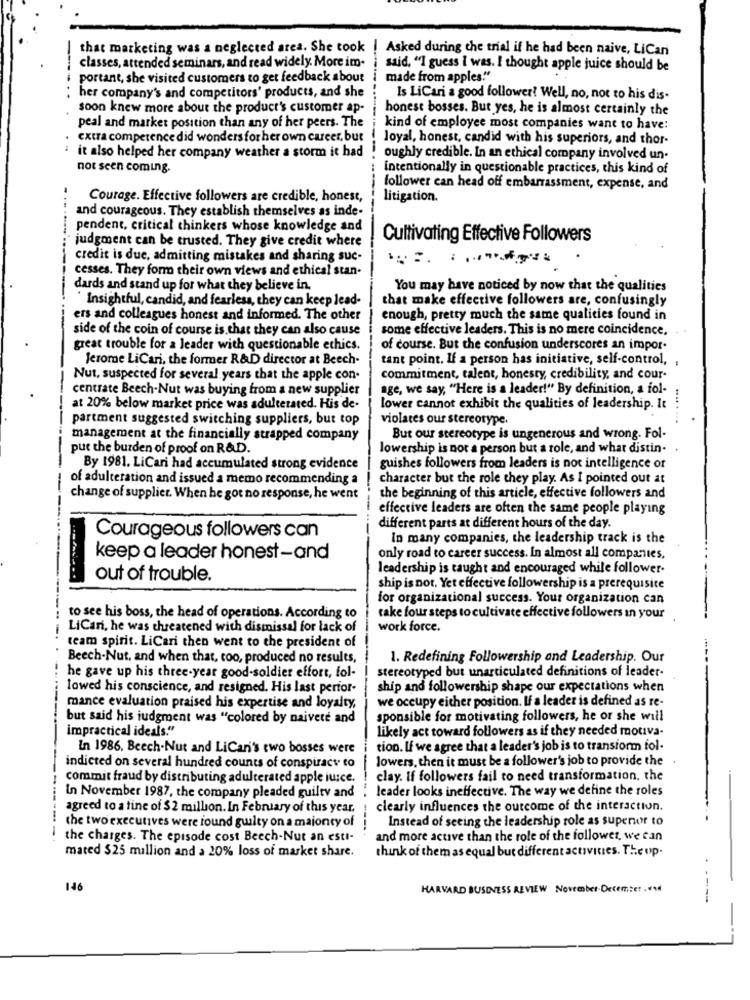
that marketing was a neglected area. She took ! Asked during the trial if he had been naive, LiCan
classes, attended seminars, and read widely. More im-
said, "I guess i was. I thought apple juice should be
portant, she visited customers to get feedback about
made from apples."
her company's and competitors' products, and she
Is LiCari a good follower! Well, no, not to his dis-
soon knew more about the product's customer ap-
honest bosses. But yes, he is almost certainly the
peal and market position than any of her peers. The
kind of employee most companies want to have:
extra competence did wonders for her own career, but
loyal, honest, candid with his superiors, and thor-
- -
it also helped her company weather a storm it had
oughly credible. In an ethical company involved un.
not seen coming.
intentionally in questionable practices, this kind of
follower can head off embarrassment, expense, and
Courage. Effective followers are credible, honest,
litigation.
and courageous. They establish themselves as inde-
pendent, critical thinkers whose knowledge and
..........
judgment can be trusted. They give credit where
Cultivating Effective Followers
credit is due, admitting mistakes and sharing suc-
cesses. They form their own views and ethical stan-
dards and stand up for what they believe in.
---
You may have noticed by now that the qualities
' Insightful, candid, and fearless, they can keep lead-
that make effective followers are, confusingly
ers and colleagues honest and informed. The other
enough, pretty much the same qualities found in
side of the coin of course is that they can also cause
some effective leaders. This is no mere coincidence.
great trouble for a leader with questionable ethics.
of course. But the confusion underscores an impor.
Jerome LiCari, the former R&D director at Beech.
tant point. If a person has initiative, self-control,
Nut, suspected for several years that the apple con-
commitment, talent, honesty, credibility, and cour-
centrate Beech-Nut was buying from a new supplier
age, we say, "Here is a leader!" By definition, a fol-
at 20% below market price was adulterated. His de-
lower cannot exhibit the qualities of leadership. It
.... ..
partment suggested switching suppliers, but top
violates our stereotype.
management at the financially strapped company
But our stereotype is ungenerous and wrong. Fol-
put the burden of proof on R&D.
lowership is not a person but a role, and what distin-
--
By 1981. LiCari had accumulated strong evidence
guishes followers from leaders is not intelligence of
of adulteration and issued a memo recommending a
character but the role they play. As I pointed out at
change of supplier. When he got no response, he went
the beginning of this article, effective followers and
effective leaders are often the same people playing
different parts at different hours of the day
----------
Courageous followers can
In many companies, the leadership track is the
keep a leader honest-and
only road to career success. In almost all companies,
leadership is taught and encouraged while follower
out of trouble.
ship is not. Yet effective followership is a prerequisite
for organizational success. Your organization can
to see his boss, the head of operations. According to
take four steps to cultivate effective followers in your
LiCari, he was threatened with dismissal for lack of
work force.
team spirit. LiCari then went to the president of
Beech-Nut, and when that, too, produced no results,
1. Redefining Followership and Leadership. Our
stereotyped but unarticulated definitions of leader-
he gave up his three-year good-soldier effort, fol-
lowed his conscience, and resigned. His last perfor-
ship and followership shape our expectations when
we occupy either position. If a leader is defined as re-
mance evaluation praised his expertise and loyalty,
but said his judgment was "colored by naivete and
sponsible for motivating followers, he or she will
impractical ideals."
likely act toward followers as if they needed motiva-
In 1986. Beech.Nut and LiCan's two bosses were
tion. If we agree that a leader's job is to transform fol-
lowers, then it must be a follower's job to provide the
indicted on several hundred counts of conspiracy to
commit fraud by distributing adulterated apple juice.
clay. If followers fail to need transformation, the
leader looks ineffective. The way we define the roles
In November 1987, the company pleaded guilty and
agreed to a fine of $2 million. In February of this year.
clearly influences the outcome of the interaction.
Instead of seeing the leadership role as superior to
-------
the two executives were found guilty on a majonty of
the charges. The episode cost Beech-Nut an esti-
and more active than the role of the follower, we can
mated $25 million and a 20% loss of market share.
think of them as equal but different activities. The up.
146
HARVARD BUSINESS REVIEW November-Decemset .V.
- ----